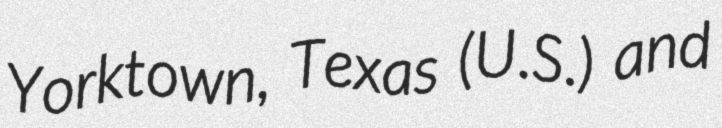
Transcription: Yorktown, Texas (U.S.) and